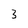
Character: 3